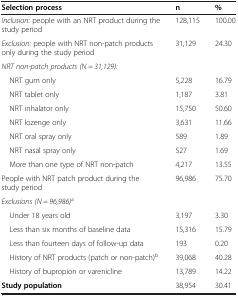
<table><thead><tr><td><b>Selection process</b></td><td><b>n</b></td><td><b>%</b></td></tr></thead><tbody><tr><td><i>Inclusion:</i> people with an NRT product during the study period</td><td>128,115</td><td>100.00</td></tr><tr><td><i>Exclusion:</i> people with NRT non-patch products only during the study period</td><td>31,129</td><td>24.30</td></tr><tr><td><i>NRT non-patch products (N = 31,129):</i></td><td> </td><td> </td></tr><tr><td> NRT gum only</td><td>5,228</td><td>16.79</td></tr><tr><td> NRT tablet only</td><td>1,187</td><td>3.81</td></tr><tr><td> NRT inhalator only</td><td>15,750</td><td>50.60</td></tr><tr><td> NRT lozenge only</td><td>3,631</td><td>11.66</td></tr><tr><td> NRT oral spray only</td><td>589</td><td>1.89</td></tr><tr><td> NRT nasal spray only</td><td>527</td><td>1.69</td></tr><tr><td> More than one type of NRT non-patch</td><td>4,217</td><td>13.55</td></tr><tr><td>People with NRT patch product during the study period</td><td>96,986</td><td>75.70</td></tr><tr><td><i>Exclusions (N = 96,986)</i><sup>a</sup></td><td> </td><td> </td></tr><tr><td> Under 18 years old</td><td>3,197</td><td>3.30</td></tr><tr><td> Less than six months of baseline data</td><td>15,316</td><td>15.79</td></tr><tr><td> Less than fourteen days of follow-up data</td><td>193</td><td>0.20</td></tr><tr><td> History of NRT products (patch or non-patch)<sup>b</sup></td><td>39,068</td><td>40.28</td></tr><tr><td> History of bupropion or varenicline</td><td>13,789</td><td>14.22</td></tr><tr><td><b>Study population</b></td><td>38,954</td><td>30.41</td></tr></tbody></table>